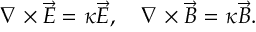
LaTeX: \nabla \times \vec { E } = \kappa \vec { E } , \quad \nabla \times \vec { B } = \kappa \vec { B } .